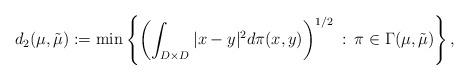
LaTeX: \begin{align*} d_2(\mu, \tilde{\mu}):= \min\left\{ \left( \int_{D \times D}|x-y|^2 d \pi (x,y) \right)^{1/2}\: : \: \pi \in \Gamma(\mu, \tilde{\mu}) \right\},\end{align*}